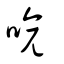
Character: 喭